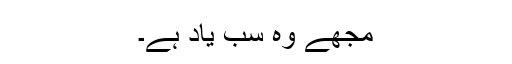
مجھے وہ سب یاد ہے۔